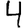
Digit: 4